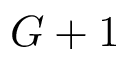
G + 1